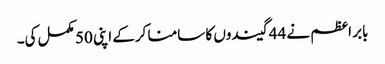
بابر اعظم نے 44 گیندوں کا سامنا کرکے اپنی 50 مکمل کی۔